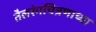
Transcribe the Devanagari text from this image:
तैलरंगचित्रणाच्या